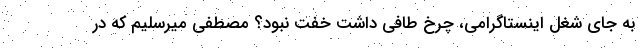
به جای شغل اینستاگرامی، چرخ طافی داشت خفت نبود؟ مصطفی میرسلیم که در